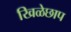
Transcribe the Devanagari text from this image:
खिळेछाप